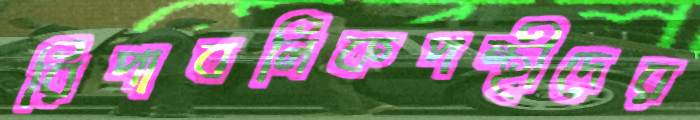
রিপাবলিকপন্থীদের